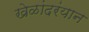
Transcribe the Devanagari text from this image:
खेळांदरंयान